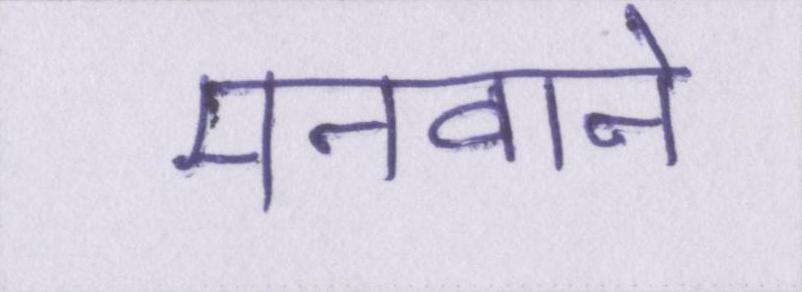
मनवाने